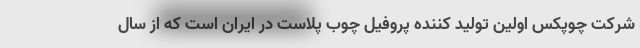
شرکت چوپکس اولین تولید کننده پروفیل چوب پلاست در ایران است که از سال